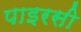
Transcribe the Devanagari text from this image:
पाइरसी